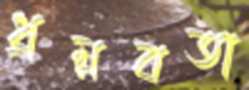
ধ্রম্নবতা